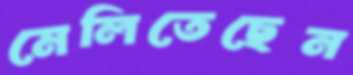
মেলিতেছেন